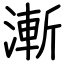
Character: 漸